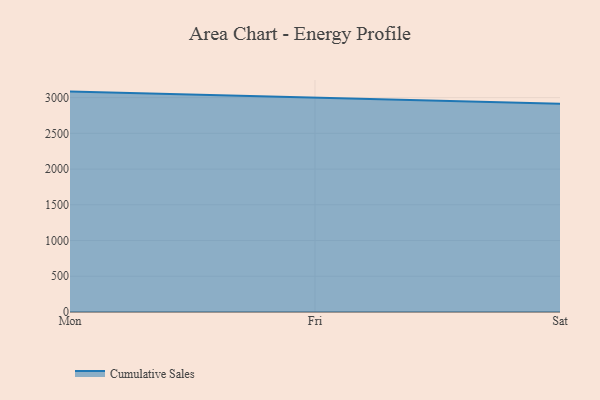
{"axis": {"x": "Day", "y": "Budget (USD K)"}, "legend": ["Cumulative Sales"], "data": [{"x": "Mon", "y": 3084.0, "type": "Cumulative Sales"}, {"x": "Fri", "y": 3003.2, "type": "Cumulative Sales"}, {"x": "Sat", "y": 2913.5, "type": "Cumulative Sales"}]}